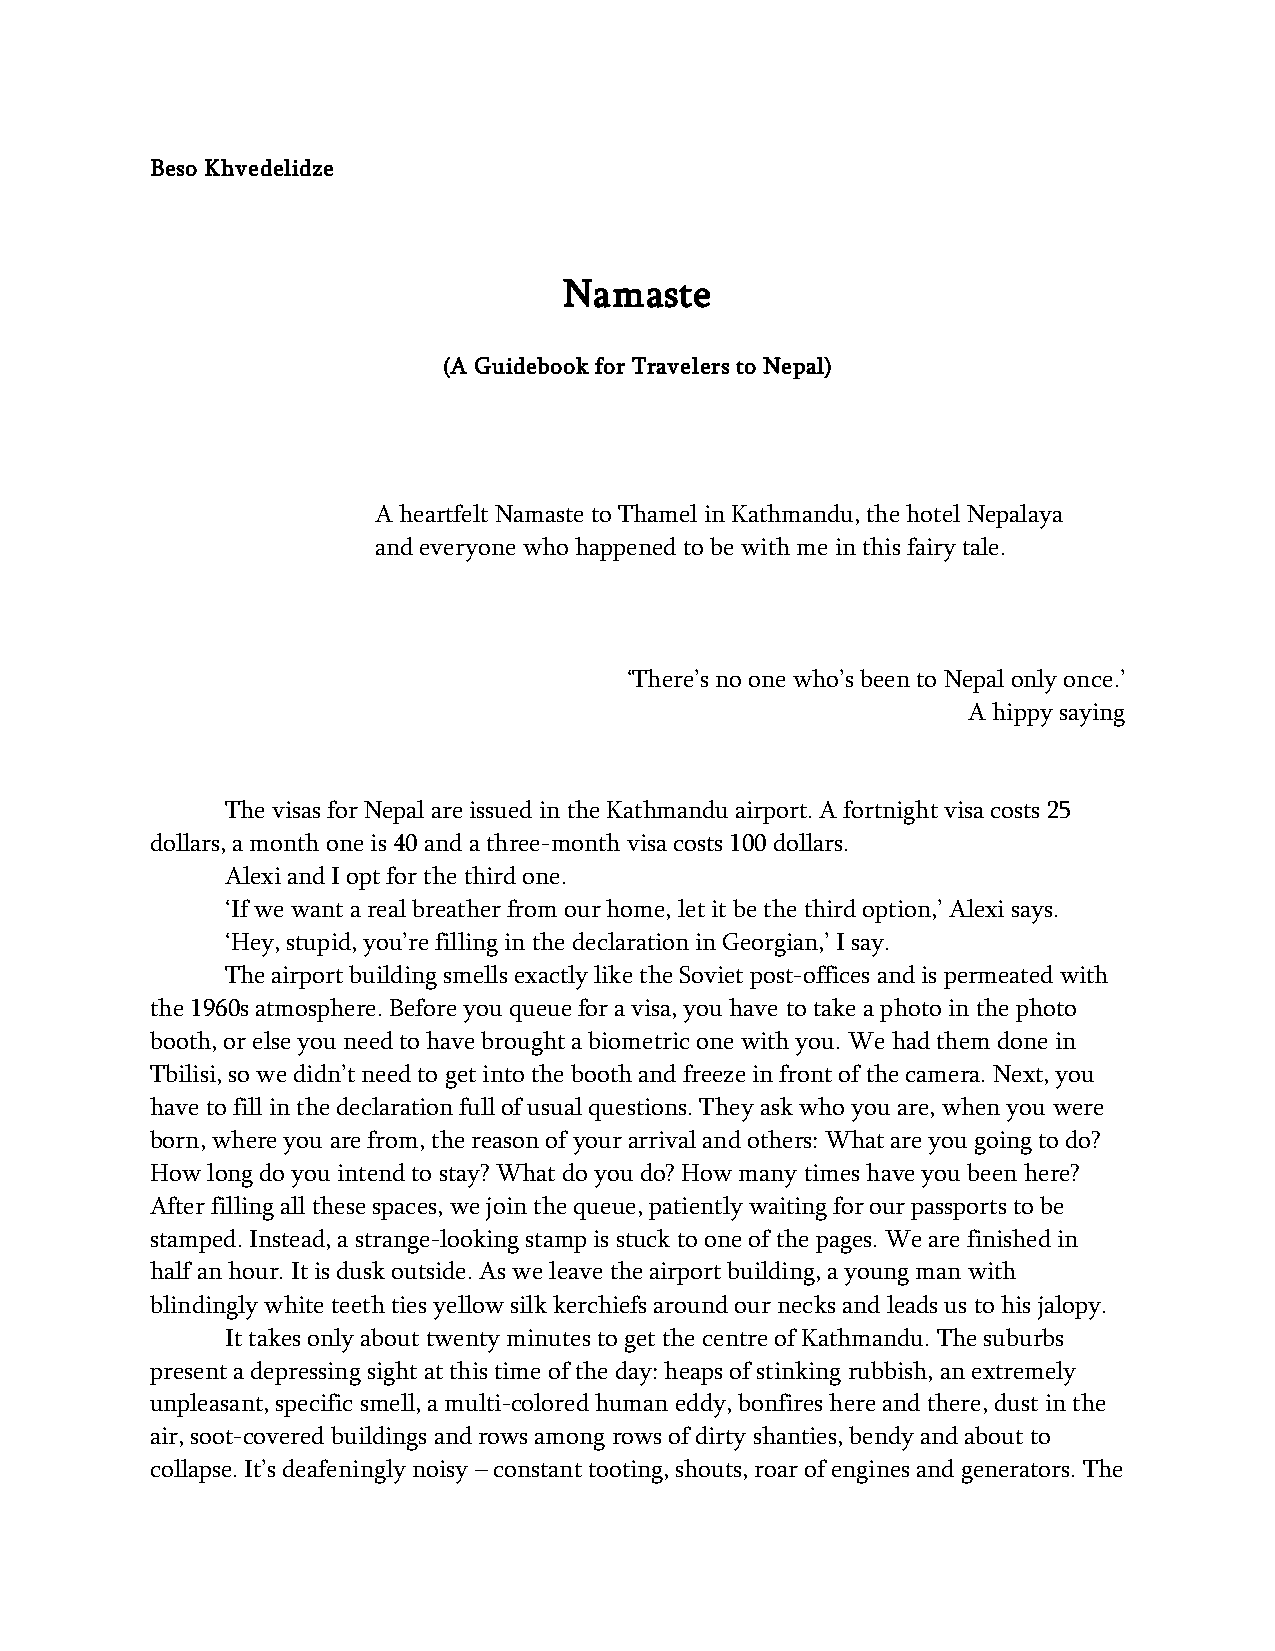
Beso Khvedelidze
 Namaste
 (A Guidebook for Travelers to Nepal)
 A heartfelt Namaste to Thamel in Kathmandu, the hotel Nepalaya
 and everyone who happened to be with me in this fairy tale.
 ‘There’s no one who’s been to Nepal only once.’
 A hippy saying
 The visas for Nepal are issued in the Kathmandu airport. A fortnight visa costs 25
 dollars, a month one is 40 and a three-month visa costs 100 dollars.
 Alexi and I opt for the third one.
 ‘If we want a real breather from our home, let it be the third option,’ Alexi says.
 ‘Hey, stupid, you’re filling in the declaration in Georgian,’ I say.
 The airport building smells exactly like the Soviet post-offices and is permeated with
 the 1960s atmosphere. Before you queue for a visa, you have to take a photo in the photo
 booth, or else you need to have brought a biometric one with you. We had them done in
 Tbilisi, so we didn’t need to get into the booth and freeze in front of the camera. Next, you
 have to fill in the declaration full of usual questions. They ask who you are, when you were
 born, where you are from, the reason of your arrival and others: What are you going to do?
 How long do you intend to stay? What do you do? How many times have you been here?
 After filling all these spaces, we join the queue, patiently waiting for our passports to be
 stamped. Instead, a strange-looking stamp is stuck to one of the pages. We are finished in
 half an hour. It is dusk outside. As we leave the airport building, a young man with
 blindingly white teeth ties yellow silk kerchiefs around our necks and leads us to his jalopy.
 It takes only about twenty minutes to get the centre of Kathmandu. The suburbs
 present a depressing sight at this time of the day: heaps of stinking rubbish, an extremely
 unpleasant, specific smell, a multi-colored human eddy, bonfires here and there, dust in the
 air, soot-covered buildings and rows among rows of dirty shanties, bendy and about to
 collapse. It’s deafeningly noisy – constant tooting, shouts, roar of engines and generators. The